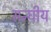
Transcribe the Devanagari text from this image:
सन्घीय